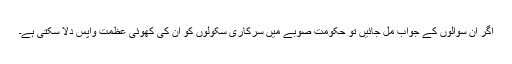
اگر ان سوالوں کے جواب مل جائیں تو حکومت صوبے میں سرکاری سکولوں کو ان کی کھوئی عظمت واپس دلا سکتی ہے۔